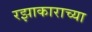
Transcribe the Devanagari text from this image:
रझाकाराच्या